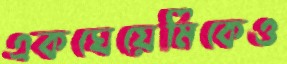
একঘেয়েমিকেও